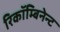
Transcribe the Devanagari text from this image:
रिकॉम्बिनेन्ट